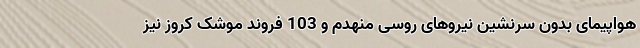
هواپیمای بدون سرنشین نیروهای روسی منهدم و 103 فروند موشک کروز نیز